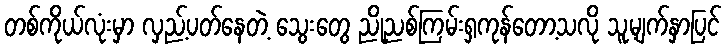
တစ်ကိုယ်လုံးမှာ လှည့်ပတ်နေတဲ့ သွေးတွေ ညိုညစ်ကြမ်းရှကုန်တော့သလို သူ့မျက်နှာပြင်